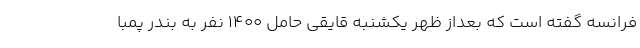
فرانسه گفته است که بعداز ظهر یکشنبه قایقی حامل ۱۴۰۰ نفر به بندر پمبا